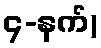
၄-နက်)